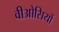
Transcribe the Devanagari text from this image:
वीओसियों